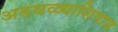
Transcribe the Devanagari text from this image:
अडथळ्याशिवाय